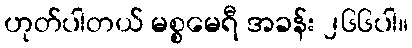
ဟုတ်ပါတယ် မစ္စမေရီ အခန်း ၂၆၆ပါ။